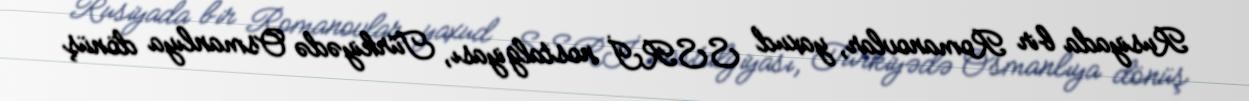
Rusiyada bir Romanovlar, yaxud SSRİ nostalgiyası, Türkiyədə Osmanlıya dönüş